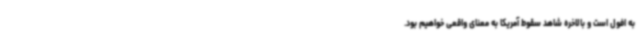
به افول است و بالاخره شاهد سقوط آمریکا به معنای واقعی خواهیم بود.